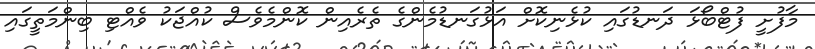
މާފުށީ ފުޓްބޯޅަ ދަނޑުގައި ކުޅެނިކޮށް އަޅުގަނޑުމެންގެ ތެރެއިން ކޮންމެވެސް ކުއްޖަކު ވެއްޓި ބިންމަތީގައި